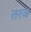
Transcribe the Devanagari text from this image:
तरज